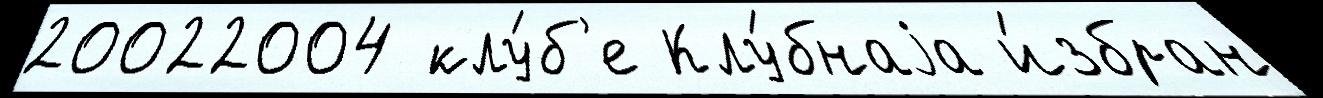
20022004 клу́б'е Клу́бнаjа и́збран